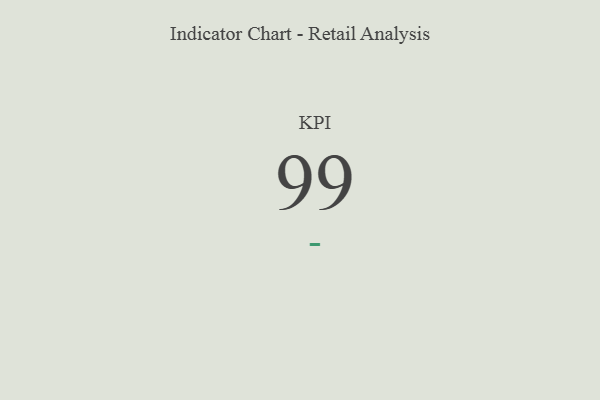
{"axis": {"x": "KPI", "y": "Value"}, "legend": [""], "data": [{"x": "KPI", "y": 99, "type": ""}]}